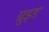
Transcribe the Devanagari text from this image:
ग्रुइड